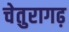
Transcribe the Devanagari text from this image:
चेतुरागढ़